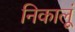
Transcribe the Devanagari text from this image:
निकालूं